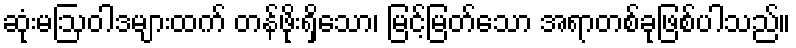
ဆုံးမဩဝါဒများထက် တန်ဖိုးရှိသော၊ မြင့်မြတ်သော အရာတစ်ခုဖြစ်ပါသည်။